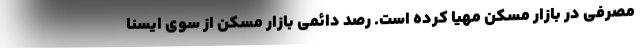
مصرفی در بازار مسکن مهیا کرده است. رصد دائمی بازار مسکن از سوی ایسنا